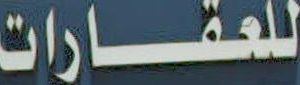
للعقــــارات